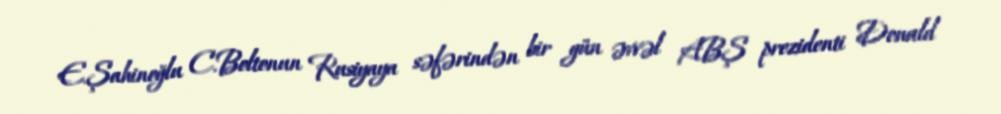
E.Şahinoğlu C.Boltonun Rusiyaya səfərindən bir gün əvvəl ABŞ prezidenti Donald